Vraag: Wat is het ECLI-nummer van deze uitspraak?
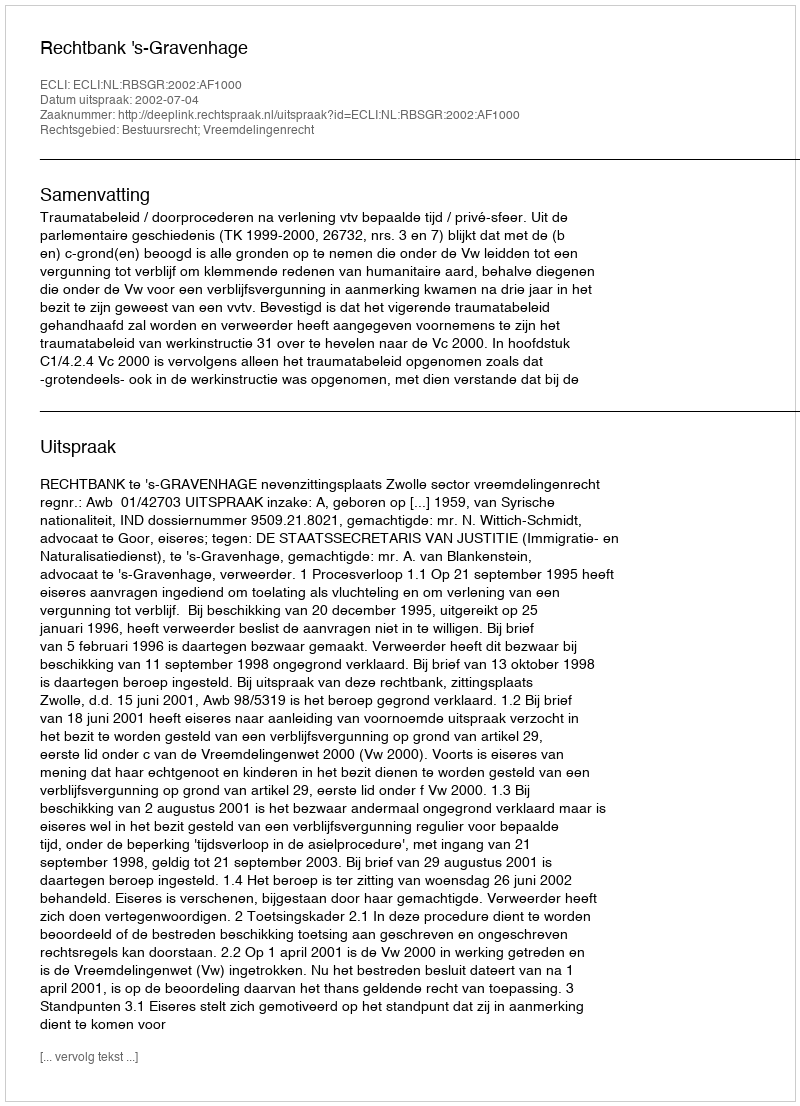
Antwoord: ECLI:NL:RBSGR:2002:AF1000